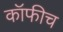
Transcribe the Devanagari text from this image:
कॉफीच